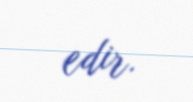
edir.